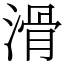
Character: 滑